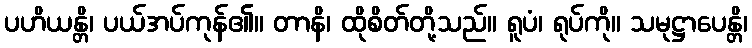
ပဟိယန္တိ၊ ပယ်အပ်ကုန်၏။ တာနိ၊ ထိုစိတ်တို့သည်။ ရူပံ၊ ရုပ်ကို။ သမုဋ္ဌာပေန္တိ၊